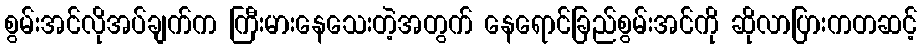
စွမ်းအင်လိုအပ်ချက်က ကြီးမားနေသေးတဲ့အတွက် နေရောင်ခြည်စွမ်းအင်ကို ဆိုလာပြားကတဆင့်